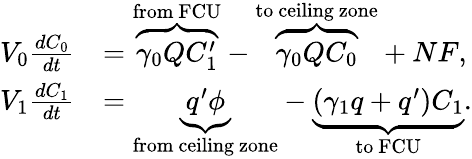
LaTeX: \begin{array}{rl}{V_{0}\frac{dC_{0}}{dt}}&{=\overbrace{\gamma_{0}QC_{1}^{\prime}}^{\mathrm{from\ FCU}}-\overbrace{\gamma_{0}QC_{0}}^{\mathrm{to\ ceiling\ zone}}+NF,}\\ {V_{1}\frac{dC_{1}}{dt}}&{=\underbrace{q^{\prime}\phi}_{\mathrm{from\ ceiling\ zone}}-\underbrace{(\gamma_{1}q+q^{\prime})C_{1}}_{\mathrm{to\ FCU}}.}\end{array}